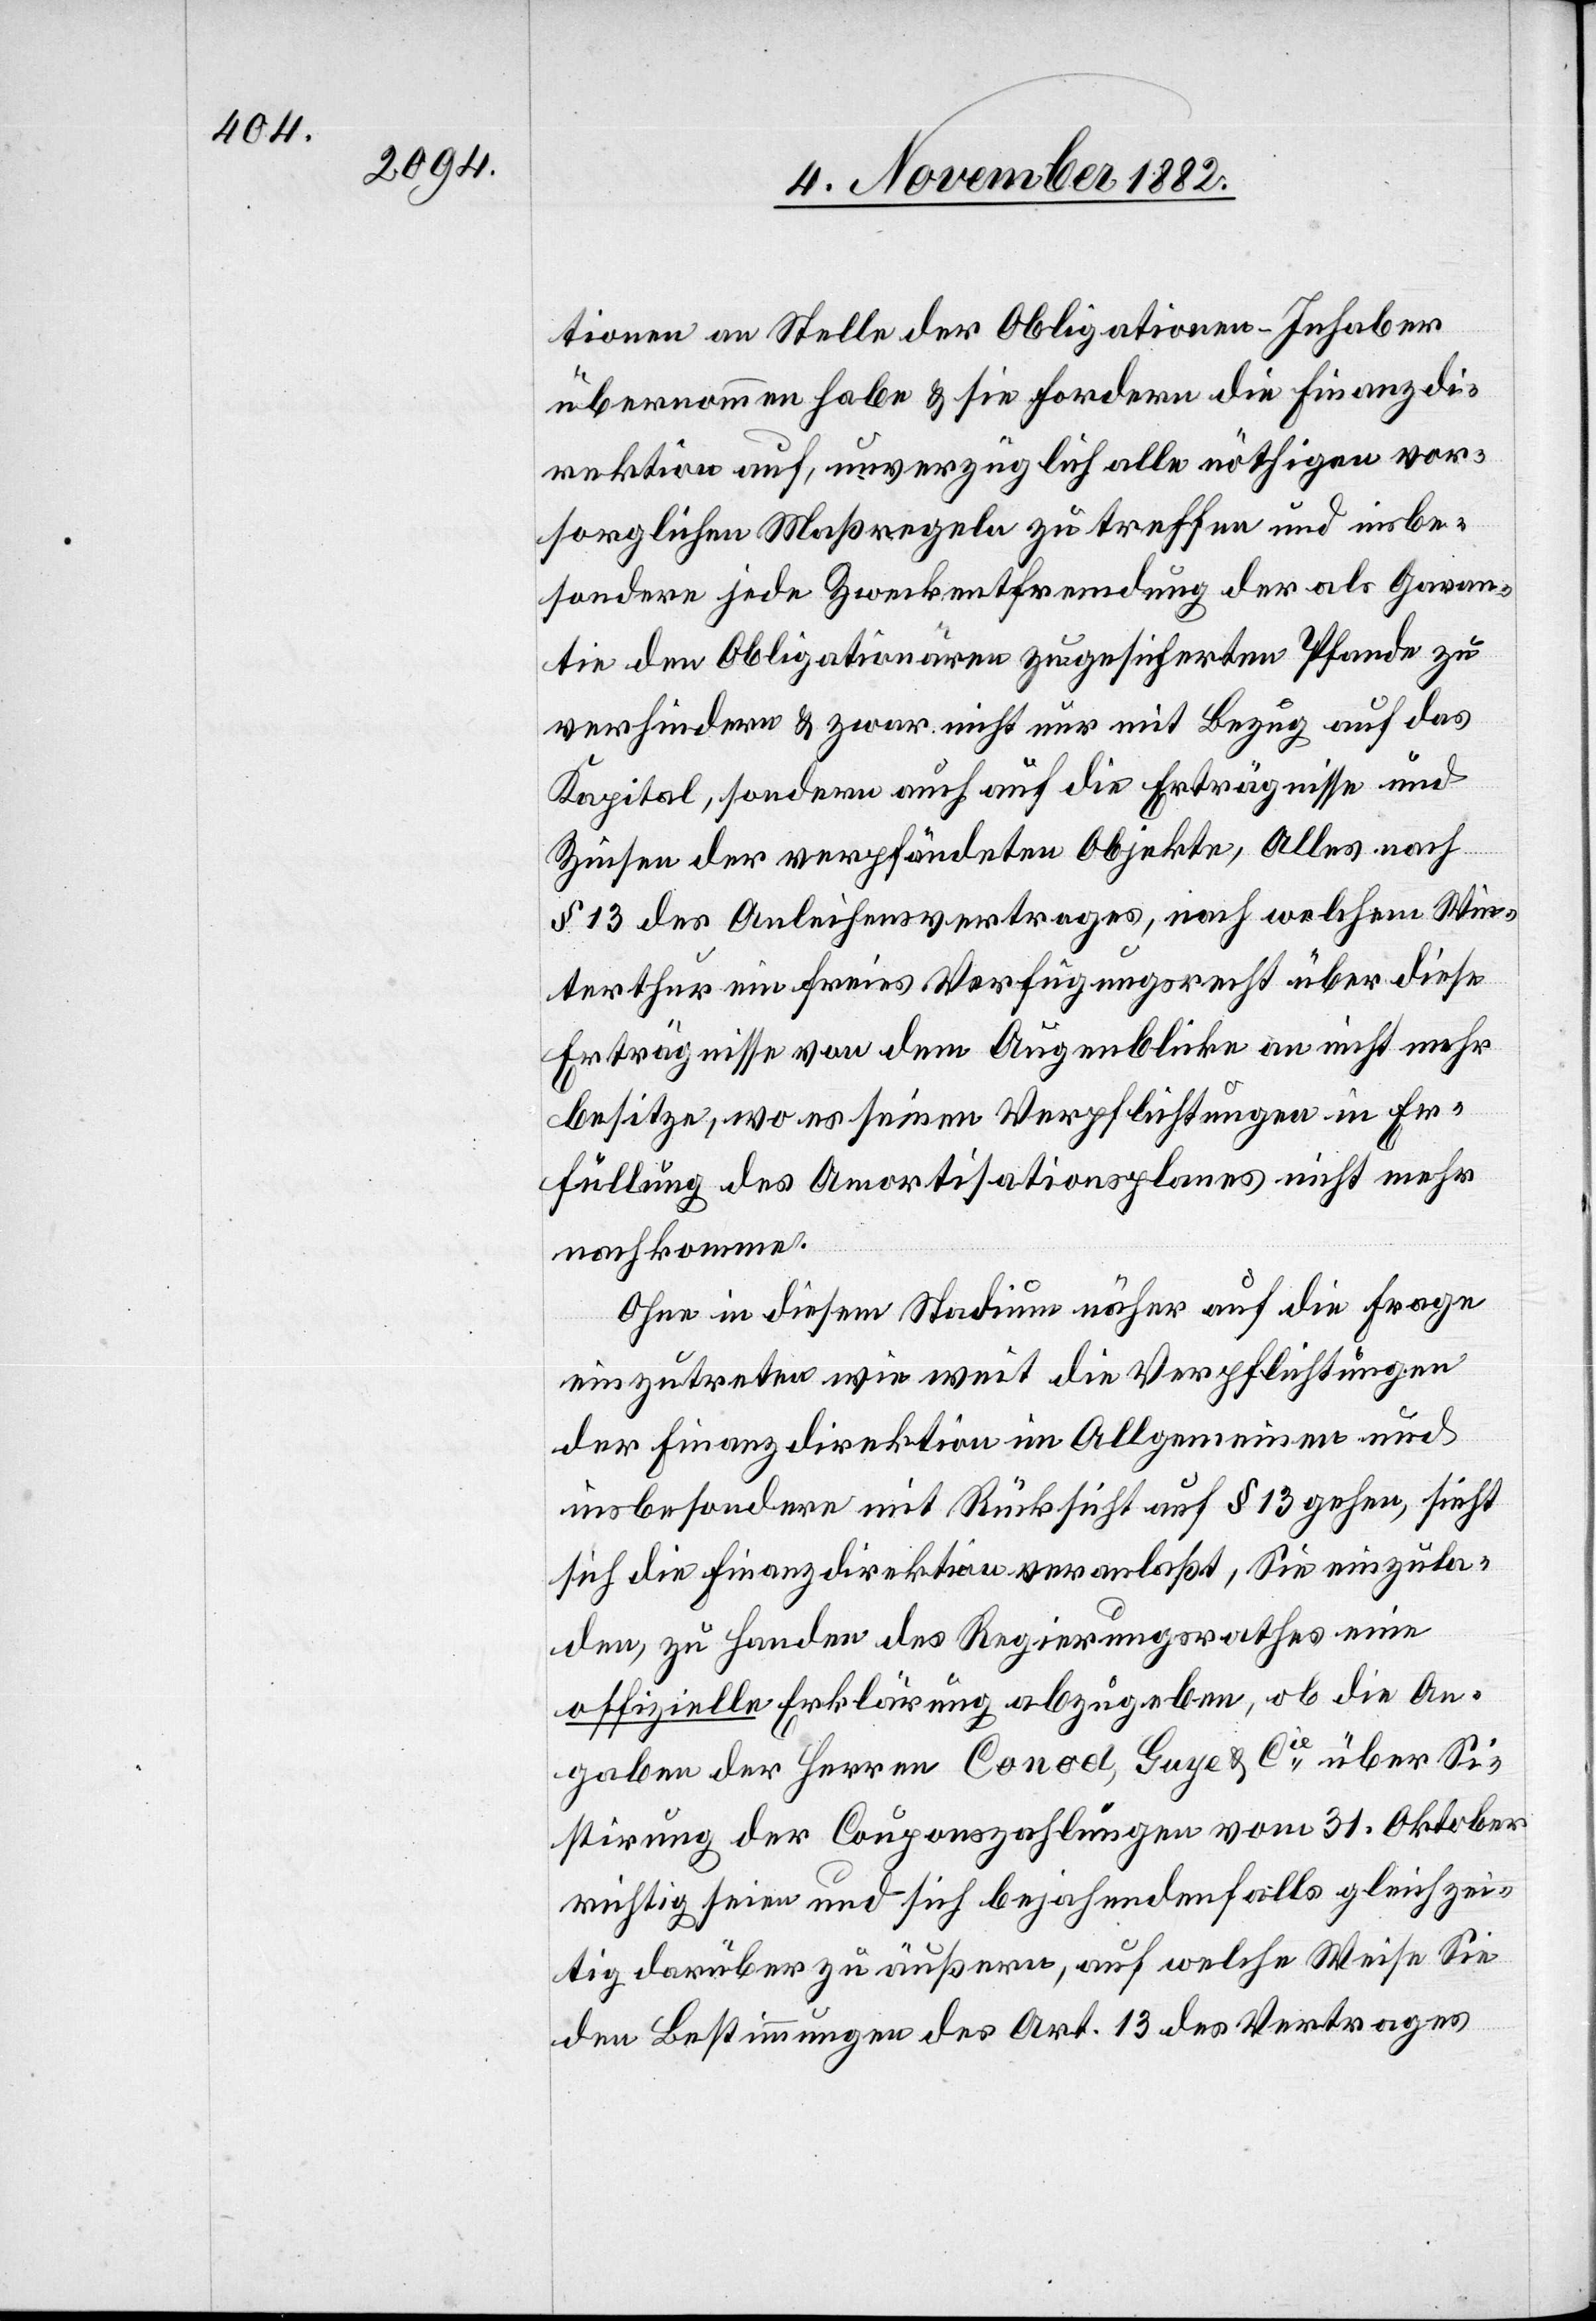
tionen an Stelle der Obligationen-Inhaber
übernommen habe & sie fordern die Finanzdi¬
rektion auf, unverzüglich alle nöthigen vor¬
sorglichen Maßregeln zu treffen und insbe¬
sondere jede Zweckentfremdung der als Garan¬
tie den Obligationären zugesicherten Pfande zu
verhindern & zwar nicht nur mit Bezug auf das
Kapital, sondern auch auf die Erträgnisse und
Zinsen der verpfändeten Objekte, Alles nach
§ 13 des Anleihensvertrages, nach welchem Win¬
terthur ein freies Verfügungsrecht über diese
Erträgnisse von dem Augenblicke an nicht mehr
besitze, wo es seinen Verpflichtungen in Er¬
füllung des Amortisationsplanes nicht mehr
nachkomme.
Ohne in diesem Stadium näher auf die Frage
einzutreten wie weit die Verpflichtungen
der Finanzdirektion im Allgemeinen und
insbesondere mit Rücksicht auf § 13 gehen, sieht
sich die Finanzdirektion veranlaßt, Sie einzula¬
den, zu Handen des Regierungsrathes eine
offizielle Erklärung abzugeben, ob die An¬
gaben der Herren Conod, Guye & Cie über die
Sistirung der Couponszahlungen vom 31. Oktober
richtig seien und sich bejahendenfalls gleichzei¬
tig darüber zu äußern, auf welche Weise Sie
den Bestimmungen des Art. 13 des Vertrages